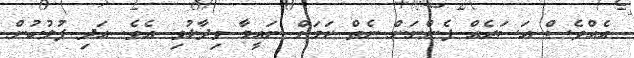
އެއްވެސް އަސަރެއް ފެންނަން ނެތް ކަމަށް ނައީމާ ވިދާޅުވި އެވެ. އަދި ފުލުހުން